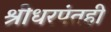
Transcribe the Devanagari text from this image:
श्रीधरपंतही